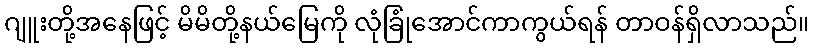
ဂျူးတို့အနေဖြင့် မိမိတို့နယ်မြေကို လုံခြုံအောင်ကာကွယ်ရန် တာဝန်ရှိလာသည်။